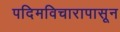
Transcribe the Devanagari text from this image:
पदिमविचारापासून